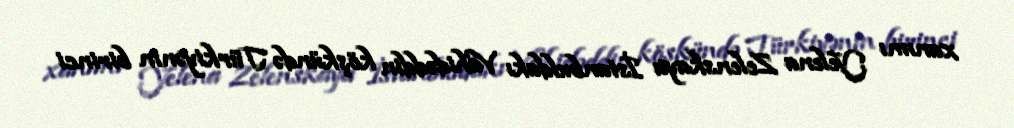
xanımı Yelena Zelenskaya İstanbuldakı Vahidəddin köşkündə Türkiyənin birinci